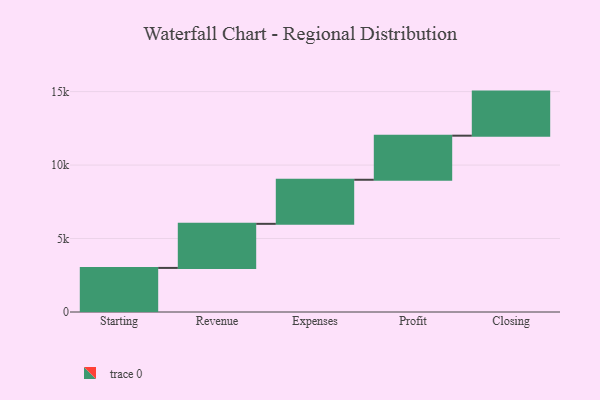
{"axis": {"x": "Step", "y": "Value"}, "legend": [""], "data": [{"x": "Starting", "y": 3000, "type": ""}, {"x": "Revenue", "y": 3000, "type": ""}, {"x": "Expenses", "y": 3000, "type": ""}, {"x": "Profit", "y": 3000, "type": ""}, {"x": "Closing", "y": 3000, "type": ""}]}